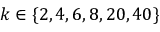
k \in \{ 2 , 4 , 6 , 8 , 2 0 , 4 0 \}